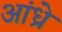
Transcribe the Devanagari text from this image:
आंध्रे